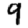
Digit: 9